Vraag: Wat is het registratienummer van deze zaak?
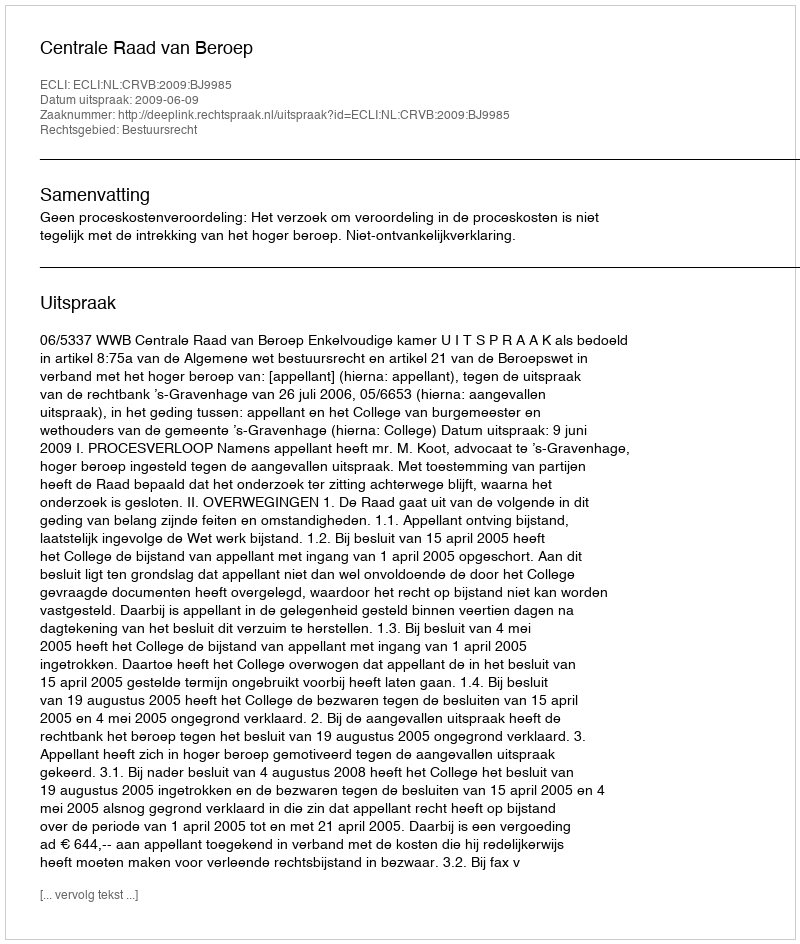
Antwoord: http://deeplink.rechtspraak.nl/uitspraak?id=ECLI:NL:CRVB:2009:BJ9985